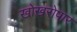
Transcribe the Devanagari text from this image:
खोखरोपार